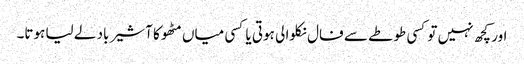
اور کچھ نہیں تو کسی طوطے سے فال نکلوا لی ہوتی یا کسی میاں مٹھو کا آشیر باد لے لیا ہوتا۔